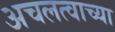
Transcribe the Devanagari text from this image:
अचलत्वाच्या